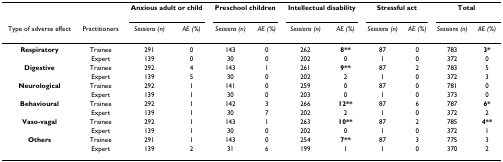
|  |  | <COLSPAN=2> Anxious adult or child | <COLSPAN=2> Preschool children | <COLSPAN=2> Intellectual disability | <COLSPAN=2> Stressful act | <COLSPAN=2> Total |
 | Type of adverse effect | Practitioners | Sessions (n) | AE (%) | Sessions (n) | AE (%) | Sessions (n) | AE (%) | Sessions (n) | AE (%) | Sessions (n) | AE (%) |
 | --- | --- | --- | --- | --- | --- | --- | --- | --- | --- | --- | --- |
 | Respiratory | Trainee | 291 | 0 | 143 | 0 | 262 | 8** | 87 | 0 | 783 | 3* |
 |  | Expert | 139 | 0 | 30 | 0 | 202 | 0 | 1 | 0 | 372 | 0 |
 | Digestive | Trainee | 292 | 4 | 143 | 1 | 261 | 9** | 87 | 2 | 783 | 5 |
 |  | Expert | 139 | 5 | 30 | 0 | 202 | 2 | 1 | 0 | 372 | 3 |
 | Neurological | Trainee | 292 | 1 | 141 | 0 | 259 | 0 | 87 | 0 | 781 | 0 |
 |  | Expert | 139 | 1 | 30 | 0 | 203 | 0 | 1 | 0 | 373 | 0 |
 | Behavioural | Trainee | 292 | 1 | 142 | 3 | 266 | 12** | 87 | 6 | 787 | 6* |
 |  | Expert | 139 | 1 | 30 | 7 | 202 | 2 | 1 | 0 | 372 | 2 |
 | Vaso-vagal | Trainee | 292 | 1 | 143 | 1 | 263 | 10** | 87 | 2 | 785 | 4** |
 |  | Expert | 139 | 1 | 30 | 0 | 202 | 0 | 1 | 0 | 372 | 1 |
 | Others | Trainee | 291 | 1 | 143 | 0 | 254 | 7** | 87 | 3 | 775 | 3 |
 |  | Expert | 139 | 2 | 31 | 6 | 199 | 1 | 1 | 0 | 370 | 2 |